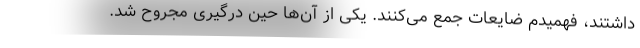
داشتند، فهمیدم ضایعات جمع می‌کنند. یکی از آن‌ها حین درگیری مجروح شد.